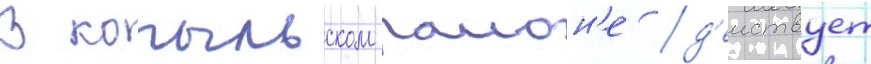
В копыльском раион'е д'еиствует